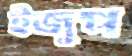
ইজুপ